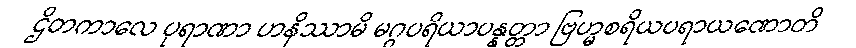
ဌိတကာလေ ပုရာဏာ ဟနိဿာမိ မဂ္ဂပရိယာပန္နတ္တာ ဗြဟ္မစရိယပရာယဏောတိ